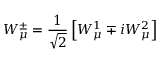
W _ { \mu } ^ { \pm } = \frac { 1 } { \sqrt 2 } \left[ W _ { \mu } ^ { 1 } \mp i W _ { \mu } ^ { 2 } \right]